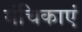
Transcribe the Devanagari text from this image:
मंचिकाएं